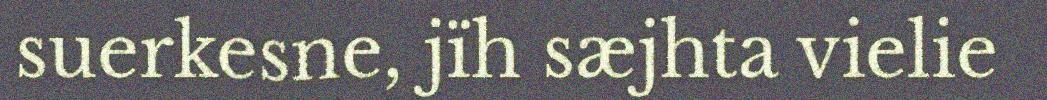
suerkesne, jïh sæjhta vielie